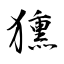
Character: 獯